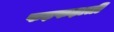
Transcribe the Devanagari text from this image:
फड़फड़ाती